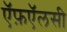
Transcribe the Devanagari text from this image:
ऍफ़ऍलसी